Plague in India, 1896, 1897 - Volume 2
Year: 1896
Disease focus: Plague
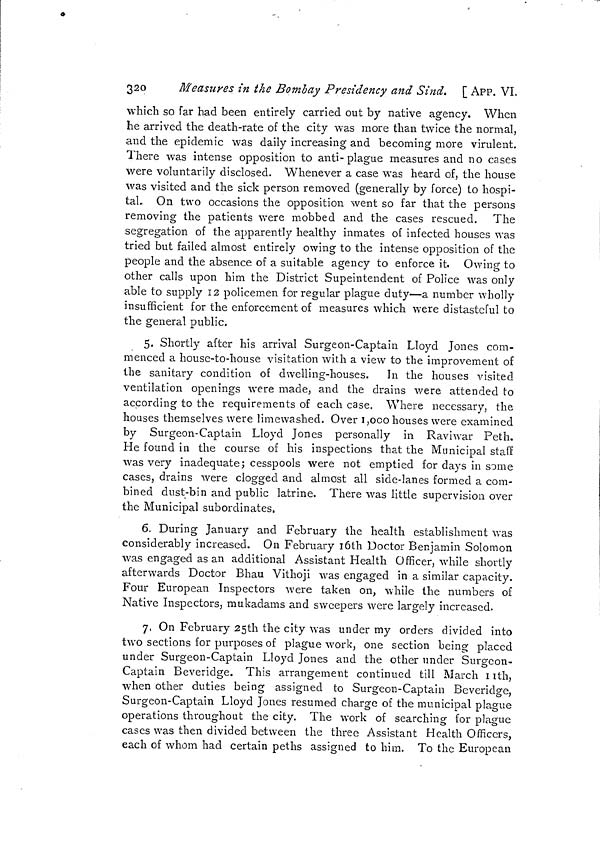
320
Measures in the Bombay Presidency and Sind. [ APP. VI.
which so far had been entirely carried out by native agency. When
he arrived the death-rate of the city was more than twice the normal,
and the epidemic was daily increasing and becoming more virulent.
There was intense opposition to anti-plague measures and no cases
were voluntarily disclosed. Whenever a case was heard of, the house
was visited and the sick person removed (generally by force) to hospi-
tal On two occasions the opposition went so far that the persons
removing the patients were mobbed and the cases rescued. The
segregation of the apparently healthy inmates of infected houses was
tried but failed almost entirely owing to the intense opposition of the
people and the absence of a suitable agency to enforce it. Owing to
other calls upon him the District Supeintendent of Police was only
able to supply 12 policemen for regular plague duty—a number wholly
insufficient for the enforcement of measures which were distasteful to
the general public.
5. Shortly after his arrival Surgeon-Captain Lloyd Jones com-
menced a house-to-house visitation with a view to the improvement of
the sanitary condition of dwelling-houses. In the houses visited
ventilation openings were made, and the drains were attended to
according to the requirements of each case. Where necessary, the
houses themselves were limewashed. Over 1,000 houses were examined
by Surgeon-Captain Lloyd Jones personally in Raviwar Peth.
He found in the course of his inspections that the Municipal staff
was very inadequate; cesspools were not emptied for days in some
cases, drains were clogged and almost all side-lanes formed a com-
bined dust-bin and public latrine. There was little supervision over
the Municipal subordinates.
6. During January and February the health establishment was
considerably increased. On February 16th Doctor Benjamin Solomon
was engaged as an additional Assistant Health Officer, while shortly
afterwards Doctor Bhau Vithoji was engaged in a similar capacity.
Four European Inspectors were taken on, while the numbers of
Native Inspectors, mukadams and sweepers were largely increased.
7. On February 25th the city was under my orders divided into
two sections for purposes of plague work, one section being placed
under Surgeon-Captain Lloyd Jones and the other under Surgeon-
Captain Beveridge. This arrangement continued till March 11th,
when other duties being assigned to Surgeon-Captain Beveridge,
Surgeon-Captain Lloyd Jones resumed charge of the municipal plague
operations throughout the city. The work of searching for plague
cases was then divided between the three Assistant Health Officers,
each of whom had certain peths assigned to him. To the European